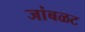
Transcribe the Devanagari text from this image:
जांबळट